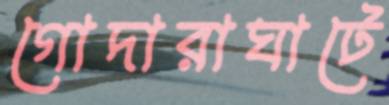
গোদারাঘাটে